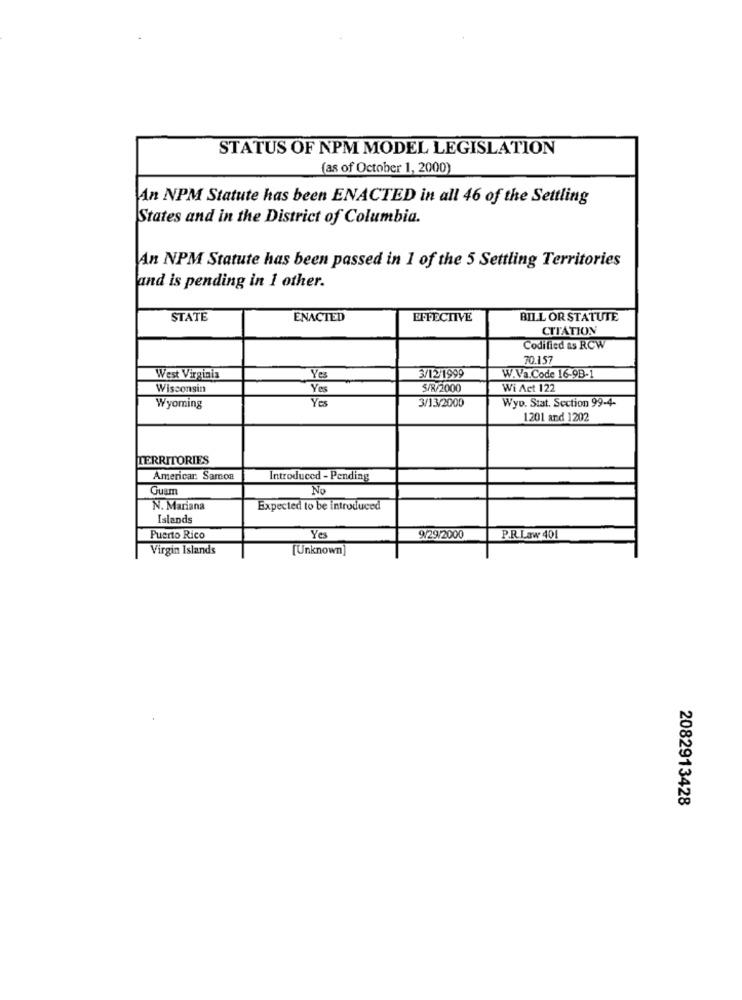
STATUS OF NPM MODEL LEGISLATION
(as of October 1, 2000)
An NPM Statute has been ENACTED in all 46 of the Settling
States and in the District of Columbia.
An NPM Statute has been passed in 1 of the 5 Settling Territories
and is pending in 1 other.
STATE
ENACTED
EFFECTIVE
BILL OR STATUTE
CITATION
Codified as RCW
70.157
West Virginia
Yes
3/12/1999
W.Va.Code 16-9B-1
Wisconsin
Yes
5/R/2000
Wi Act 122
Yes
3/13/2000
Wyoming
Wyv. Stat. Section 99-4-
1201 and 1202
TERRITORIES
American Samoa
Introduced - Pending
Guam
No
N. Mariana
Expected to be introduced
Islands
Puerto Rico
Yes
9/29/2000
P.R. Law 401
Virgin Islands
[Unknown]
2082913428